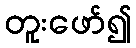
တူးဖော်၍